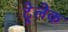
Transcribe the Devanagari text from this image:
ट्रेलेक